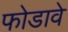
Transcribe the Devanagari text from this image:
फोडावे